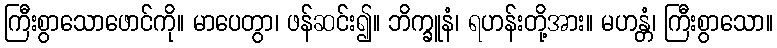
ကြီးစွာသောဖောင်ကို။ မာပေတွာ၊ ဖန်ဆင်း၍။ ဘိက္ခူနံ၊ ရဟန်းတို့အား။ မဟန္တံ၊ ကြီးစွာသော။